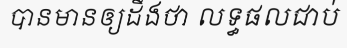
បានមានឲ្យដឹងថា លទ្ធផលជាប់